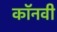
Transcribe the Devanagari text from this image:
कॉनवी